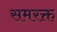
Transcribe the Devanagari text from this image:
समरक्त